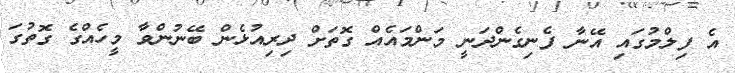
އެ ފިލްމުގައި އޭނާ ފެނިގެންދަނީ މަންމައެއް ގޮތަށް ދިރިއުޅެން ބޭނުންވާ މީހެއްގެ ގޮތުގަ